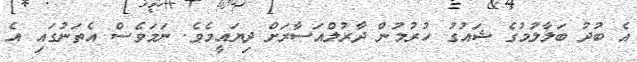
އެ ބުދު ބަލާލުމުގެ ޝައުގު ހުރުމުން ދާރުލްއަސާރަށް ދިޔައީމެވެ. ނަމަވެސް އެތަނުގައި އެ